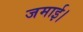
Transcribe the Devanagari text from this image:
जमाई।